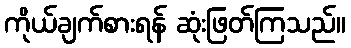
ကိုယ်ချက်စားရန် ဆုံးဖြတ်ကြသည်။